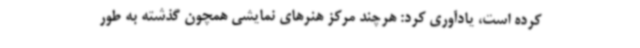
کرده است، یادآوری کرد: هرچند مرکز هنرهای نمایشی همچون گذشته به طور